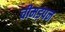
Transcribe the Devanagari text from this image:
चीमड़पन